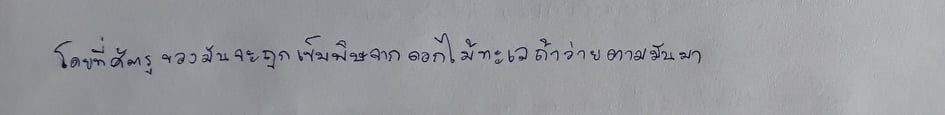
โดยที่ศัตรูของมันจะถูกเข็มพิษจากดอกไม้ทะเลถ้าว่ายตามมันมา